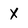
Character: X